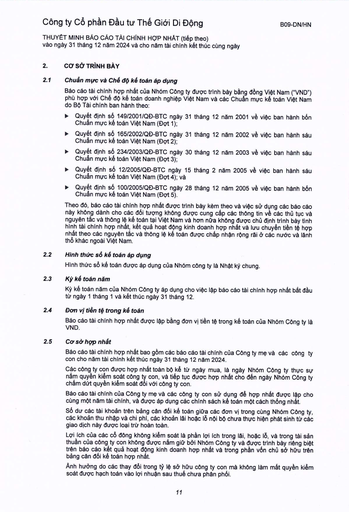
|2.|Cơ sở trình bày| |---|---| |2.1|Chuẩn mực và Chế độ kế toán áp dụng| ||Báo cáo tài chính hợp nhất của Nhóm Công ty được trình bày bằng đồng Việt Nam ("VND") phù hợp với Chế độ kế toán doanh nghiệp Việt Nam và các Chuẩn mực kế toán Việt Nam do Bộ Tài chính ban hành theo:| ||Quyết định số 149/2001/QĐ-BTC ngày 31 tháng 12 năm 2001 về việc ban hành bốn Chuẩn mực kế toán Việt Nam (Đợt 1);| ||Quyết định số 165/2002/QĐ-BTC ngày 31 tháng 12 năm 2002 về việc ban hành sáu Chuẩn mực kế toán Việt Nam (Đợt 2);| ||Quyết định số 234/2003/QĐ-BTC ngày 30 tháng 12 năm 2003 về việc ban hành sáu Chuẩn mực kế toán Việt Nam (Đợt 3);| ||Quyết định số 12/2005/QĐ-BTC ngày 15 tháng 2 năm 2005 về việc ban hành sáu Chuẩn mực kế toán Việt Nam (Đợt 4); và| ||Quyết định số 100/2005/QĐ-BTC ngày 28 tháng 12 năm 2005 về việc ban hành bốn Chuẩn mực kế toán Việt Nam (Đợt 5).| ||Theo đó, báo cáo tài chính hợp nhất được trình bày kèm theo và việc sử dụng các báo cáo này không dành cho các đối tượng không được cung cấp các thông tin về các thủ tục và nguyên tắc và thông lệ kế toán tại Việt Nam và hơn nữa không được chú định trình bày tình hình tài chính hợp nhất, kết quả hoạt động kinh doanh hợp nhất và lưu chuyển tiền tệ hợp nhất theo các nguyên tắc và thông lệ kế toán được chấp nhận rộng rãi ở các nước và lãnh thổ khác ngoài Việt Nam.| |2.2|Hình thức sổ kế toán áp dụng| ||Hình thức sổ kế toán được áp dụng của Nhóm công ty là Nhật ký chung.| |2.3|Kỳ kế toán năm| ||Kỳ kế toán năm của Nhóm Công ty áp dụng cho việc lập báo cáo tài chính hợp nhất bắt đầu từ ngày 1 tháng 1 và kết thúc ngày 31 tháng 12.| |2.4|Đơn vị tiền tệ trong kế toán| ||Báo cáo tài chính hợp nhất được lập bằng đơn vị tiền tệ trong kế toán của Nhóm Công ty là VND.| |2.5|Cơ sở hợp nhất| ||Báo cáo tài chính hợp nhất bao gồm các báo cáo tài chính của Công ty mẹ và các công ty con cho năm tài chính kết thúc ngày 31 tháng 12 năm 2024.| ||Các công ty con được hợp nhất toàn bộ kể từ ngày mua, là ngày Nhóm Công ty thực sự nắm quyền kiểm soát công ty con, và tiếp tục được hợp nhất cho đến ngày Nhóm Công ty chấm dứt quyền kiểm soát đối với công ty con.| ||Báo cáo tài chính của Công ty mẹ và các công ty con sử dụng để hợp nhất được lập cho cùng một năm tài chính, và được áp dụng các chính sách kế toán một cách thống nhất.| ||Số dư các tài khoản trên bảng cân đối kế toán giữa các đơn vị trong cùng Nhóm Công ty, các khoản thu nhập và chi phí, các khoản lãi hoặc lỗ nội bộ chưa thực hiện phát sinh từ các giao dịch này được loại trừ hoàn toàn.| ||Lợi ích của các cổ đông không kiểm soát là phần lợi ích trong lãi, hoặc lỗ, và trong tài sản thuần của công ty con không được nắm giữ bởi Nhóm Công ty và được trình bày riêng biệt trên báo cáo kết quả hoạt động kinh doanh hợp nhất và trong phần vốn chủ sở hữu trên bảng cân đối kế toán hợp nhất.| ||Ảnh hưởng do các thay đổi trong tỷ lệ sở hữu công ty con mà không làm mất quyền kiểm|